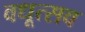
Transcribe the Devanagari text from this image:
वधूत्सव